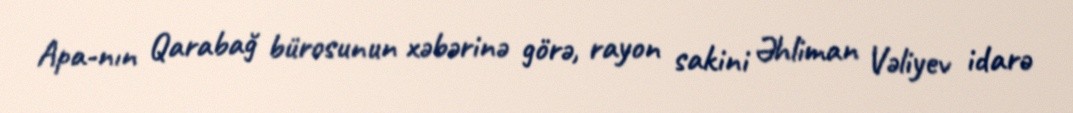
Apa-nın Qarabağ bürosunun xəbərinə görə, rayon sakini Əhliman Vəliyev idarə